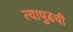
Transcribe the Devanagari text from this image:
त्यापुढची